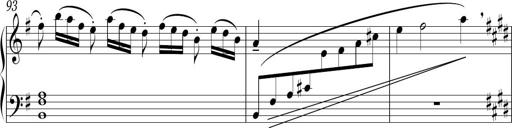
Title: Sonatina in E minor
Composer: Shuwen Zhang
Key: E minor